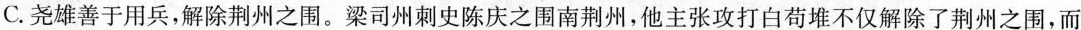
C.尧雄善于用兵，解除荆州之围。梁司州刺史陈庆之围南荆州，他主张攻打白苟堆不仅解除了荆州之围，而